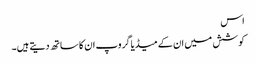
اس
کوشش میں ان کے میڈیا گروپ ان کا ساتھ دیتے ہیں۔